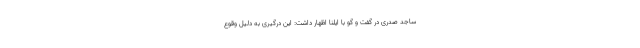
ساجد صدری در گفت و گو با ایلنا اظهار داشت: این درگیری به دلیل وقوع